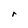
Character: r